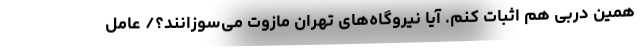
همین دربی هم اثبات کنم. آیا نیروگاه‌های تهران مازوت می‌سوزانند؟/ عامل